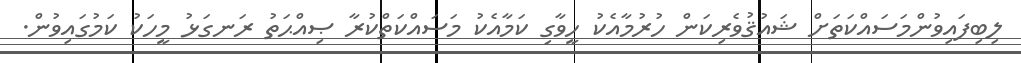
ލިބިފައިވުންމަސައްކަތަށް ޝައުޤުވެރިކަން ހުރުމާއެކު ހީވާގި ކަމާއެކު މަސައްކަތްކުރާ ޞިއްޙަތު ރަނގަޅު މީހަކު ކަމުގައިވުން.